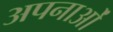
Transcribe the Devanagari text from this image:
अपनाओं